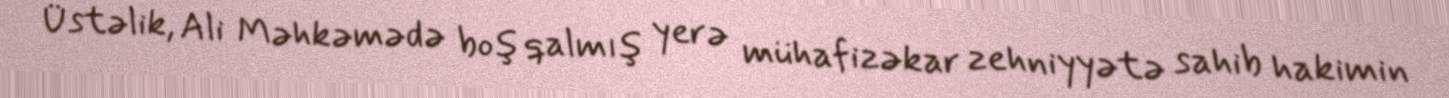
Üstəlik, Ali Məhkəmədə boş qalmış yerə mühafizəkar zehniyyətə sahib hakimin